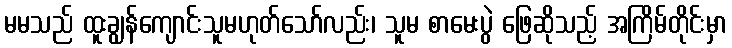
မမသည် ထူးချွန်ကျောင်းသူမဟုတ်သော်လည်း၊ သူမ စာမေးပွဲ ဖြေဆိုသည့် အကြိမ်တိုင်းမှာ